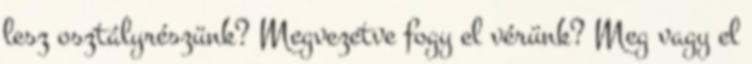
lesz osztályrészünk? Megvezetve fogy el vérünk? Meg vagy el